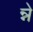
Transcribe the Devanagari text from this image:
न्ने